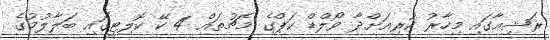
ރަޝިއާގައި މިހާރު ކުރިއަށްދާ ވޯލްޑް ކަޕްގެ މެޗުތައް 4 ކޭ ކޮލިޓީގައި ބަލާލުމުގެެ